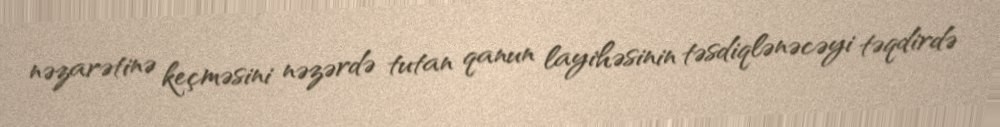
nəzarətinə keçməsini nəzərdə tutan qanun layihəsinin təsdiqlənəcəyi təqdirdə